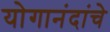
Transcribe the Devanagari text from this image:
योगानंदांचे